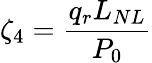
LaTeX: \zeta_{4}=\frac{q_{r}L_{NL}}{P_{0}}